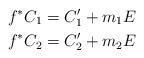
LaTeX: \begin{gather*}f^{\ast}C_1=C^{\prime}_1+m_1E\\f^{\ast}C_2=C^{\prime}_2+m_2E\end{gather*}